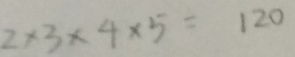
2 \times 3 \times 4 \times 5 = 1 2 0